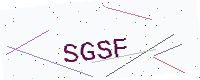
Text: SGSF